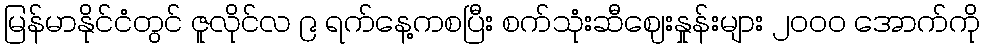
မြန်မာနိုင်ငံတွင် ဇူလိုင်လ ၉ ရက်နေ့ကစပြီး စက်သုံးဆီဈေးနှုန်းများ ၂၀၀၀ အောက်ကို